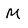
Character: M